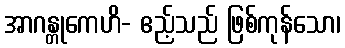
အာဂန္တုကေဟိ- ဧည့်သည် ဖြစ်ကုန်သော၊